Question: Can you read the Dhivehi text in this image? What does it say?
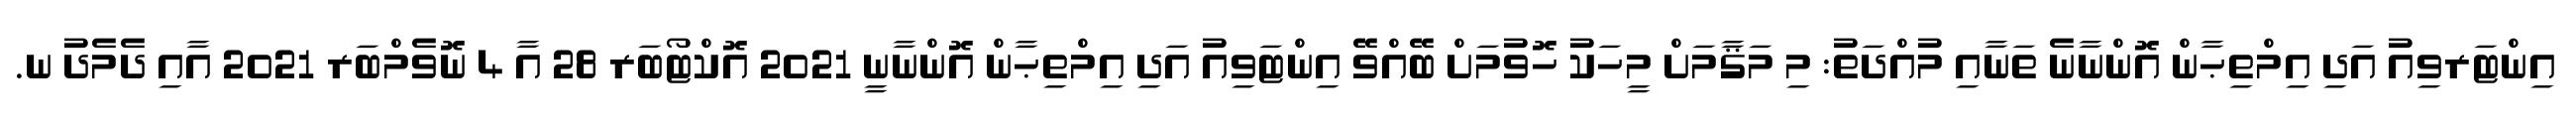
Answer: އިންޓަރވިއު އަދި އިމްތިޙާން އޮންނާނެ ތަނާއި މުއްދަތު: މި މަޤާމަށް މީހަކު ހޮވުމަށް ބޭއްވޭ އިންޓަވިއު އަދި އިމްތިޙާން އޮންނާނީ 2021 އޮކްޓޯބަރ 28 އާ 4 ނޮވެމްބަރ 2021 އާއި ދެމެދު ނ.